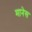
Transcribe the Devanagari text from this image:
मानेस